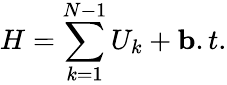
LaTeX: H=\sum_{k=1}^{N-1}U_{k}+{\mathbf b.t}.